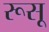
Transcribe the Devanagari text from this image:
रूसू